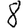
Digit: 8